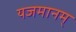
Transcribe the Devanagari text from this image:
यजमानम्‌